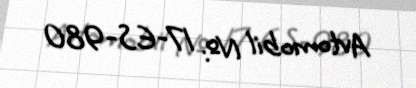
Avtomobil №: 17-ES-980